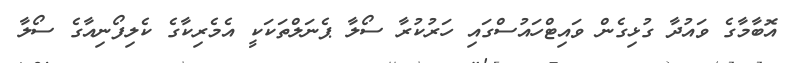
އޮބާމާގެ ވައުދާ ގުޅިގެން ވައިޓްހައުސްގައި ހަރުކުރާ ސޯލާ ޕެނަލްތަކަކީ އެމެރިކާގެ ކެލިފޯނިއާގެ ސޯލާ